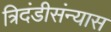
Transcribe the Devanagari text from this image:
त्रिदंडीसंन्यास